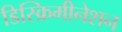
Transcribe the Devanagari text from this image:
डिस्क्रिमीनेशन